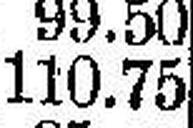
110.75